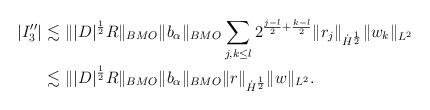
LaTeX: \begin{align*}|I''_3| \lesssim & \ \| |D|^\frac12 R\|_{BMO} \|b_\alpha\|_{BMO} \sum_{j,k \leq l} 2^{\frac{j-l}2+\frac{k-l}2 } \| r_j\|_{\dot H^\frac12} \|w_k\|_{L^2} \\ \lesssim & \ \| |D|^\frac12 R\|_{BMO} \|b_\alpha\|_{BMO}\| r\|_{\dot H^\frac12} \|w\|_{L^2}.\end{align*}